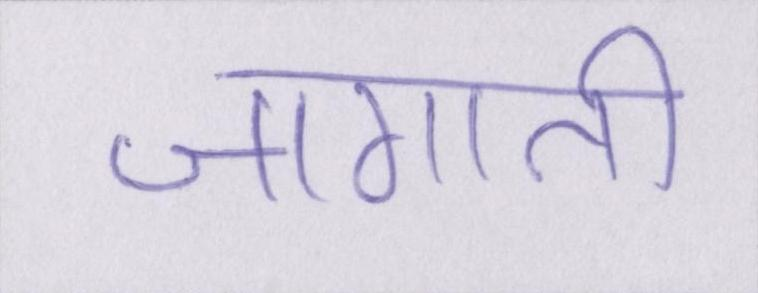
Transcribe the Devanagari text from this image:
जगाती